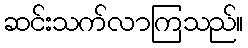
ဆင်းသက်လာကြသည်။